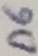
Text: D6